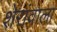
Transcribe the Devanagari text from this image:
शेरांवाला